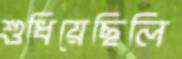
শুধিয়েছিলি